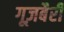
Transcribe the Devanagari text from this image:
गूज़बैरी